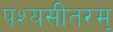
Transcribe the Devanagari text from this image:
पश्यसीतरम्